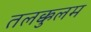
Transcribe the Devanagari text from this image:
तलक्कुलम